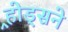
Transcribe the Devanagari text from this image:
र्‍होड्सने